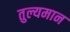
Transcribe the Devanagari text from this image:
तुल्यमान